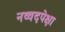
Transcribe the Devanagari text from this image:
नव्वदपेक्षा